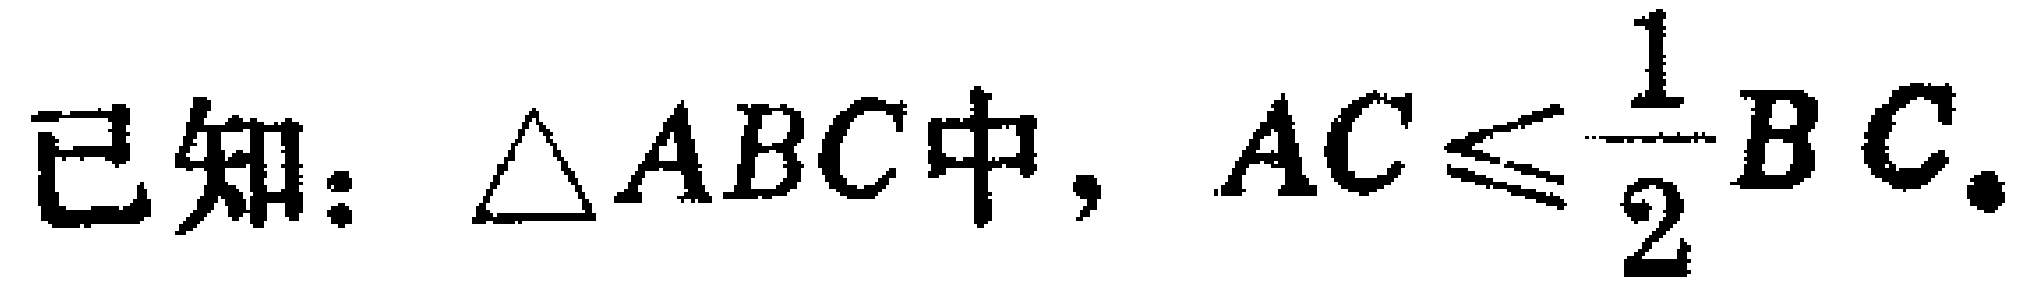
已知：$\triangle ABC$中，$AC\leqslant \dfrac{1}{2}BC.$